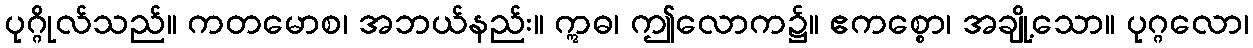
ပုဂ္ဂိုလ်သည်။ ကတမောစ၊ အဘယ်နည်း။ ဣဓ၊ ဤလောက၌။ ဧကစ္စော၊ အချို့သော။ ပုဂ္ဂလော၊